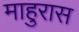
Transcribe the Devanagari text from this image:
माहुरास